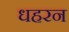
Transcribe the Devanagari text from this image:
धहरन